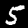
Digit: 5